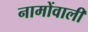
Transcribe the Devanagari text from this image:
नामोंवाली